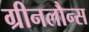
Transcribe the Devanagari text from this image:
ग्रीनलौन्स